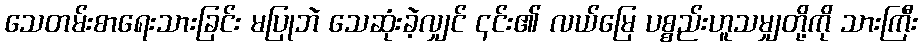
သေတမ်းစာရေးသားခြင်း မပြုဘဲ သေဆုံးခဲ့လျှင် ၎င်း၏ လယ်မြေ ပစ္စည်းဟူသမျှတို့ကို သားကြီး